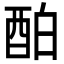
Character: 𨠘